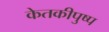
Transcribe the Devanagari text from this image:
केतकीपुष्प